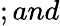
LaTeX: ;and